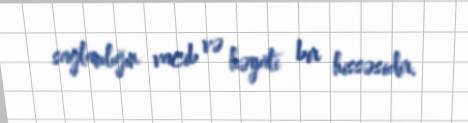
sağlamlığın vacib və həyati bir hissəsidir.